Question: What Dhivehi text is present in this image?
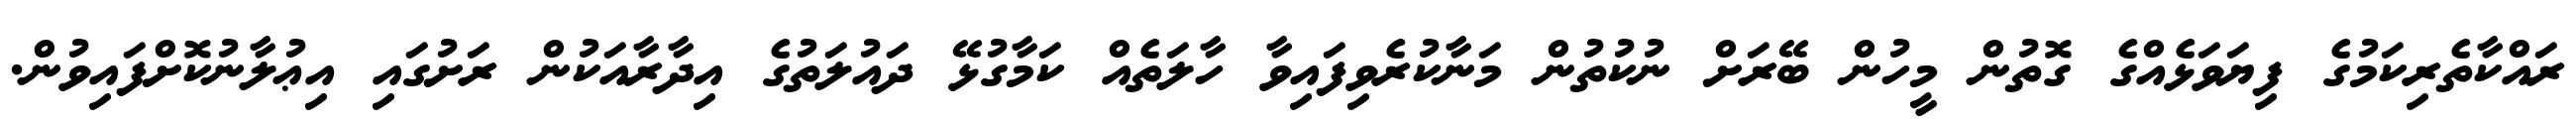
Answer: ރައްކާތެރިކަމުގެ ފިޔަވަޅެއްގެ ގޮތުން މީހުން ބޭރަށް ނުކުތުން މަނާކުރެވިފައިވާ ހާލަތެއް ކަމާގުޅޭ ދައުލަތުގެ އިދާރާއަކުން ރަށުގައި އިޢުލާނުކޮށްފައިވުން.